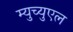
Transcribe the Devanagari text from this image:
म्युच्युएल